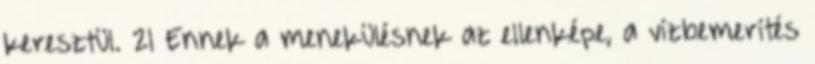
keresztül. 21 Ennek a menekülésnek az ellenképe, a vízbemerítés